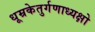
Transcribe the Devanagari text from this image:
धूम्रकेतुर्गणाध्यक्षो